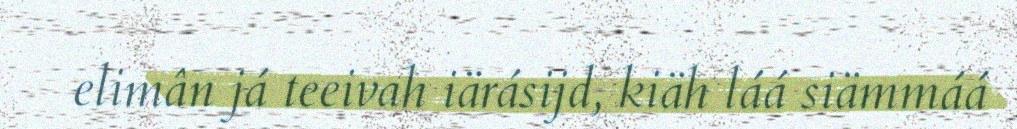
elimân já teeivah iärásijd, kiäh láá siämmáá